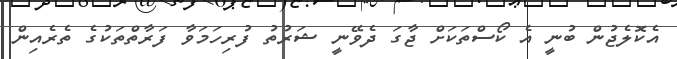
އެކޮލެޖުން ބުނީ އެ ކޯސްތަކަށް ޖާގަ ދެވޭނީ ޝަރުތު ފުރިހަމަވާ ފަރާތްތަކުގެ ތެރެއިން